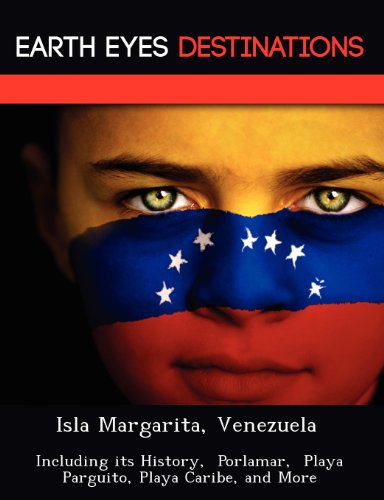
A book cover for Isla Margarita, Venezuela: Including its History,  Porlamar,  Playa Parguito, Playa Caribe, and More; Sam Night; Travel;